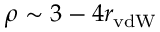
\rho \sim 3 - 4 r _ { \mathrm { v d W } }